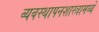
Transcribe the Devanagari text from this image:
व्यवस्थापनशास्त्रामध्ये